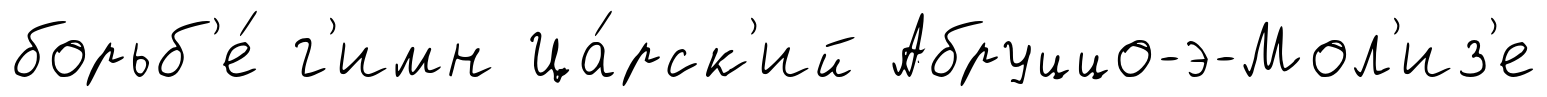
борьб'е́ г'имн Ца́рск'ий Абруццо-э-Мол'из'е